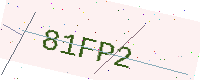
Text: 81FP2